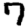
Digit: 7